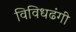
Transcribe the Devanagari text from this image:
विविधढंगी